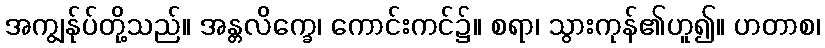
အကျွန်ုပ်တို့သည်။ အန္တလိက္ခေ၊ ကောင်းကင်၌။ စရာ၊ သွားကုန်၏ဟူ၍။ ဟတာစ၊